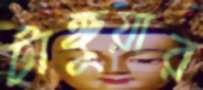
টাঙ্গুয়ার